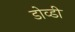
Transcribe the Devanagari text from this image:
डोव्डी